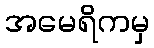
အမေရိကမှ